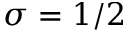
\sigma = 1 / 2